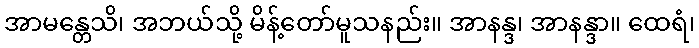
အာမန္တေသိ၊ အဘယ်သို့ မိန့်တော်မူသနည်း။ အာနန္ဒ၊ အာနန္ဒာ။ ထေရံ၊